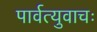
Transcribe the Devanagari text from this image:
पार्वत्युवाचः